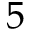
5